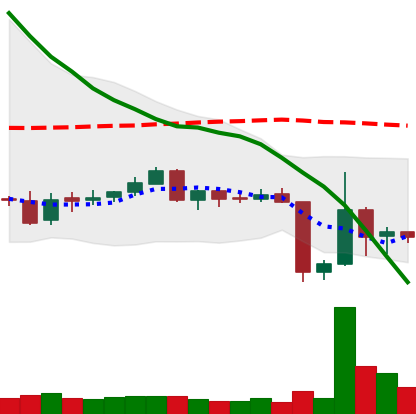
Ticker: ETC-USD
Chart end date: 2018-06-15
Forward return: 24.258%
Label: up_7plus